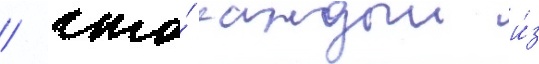
/ что́ каждыи и́з